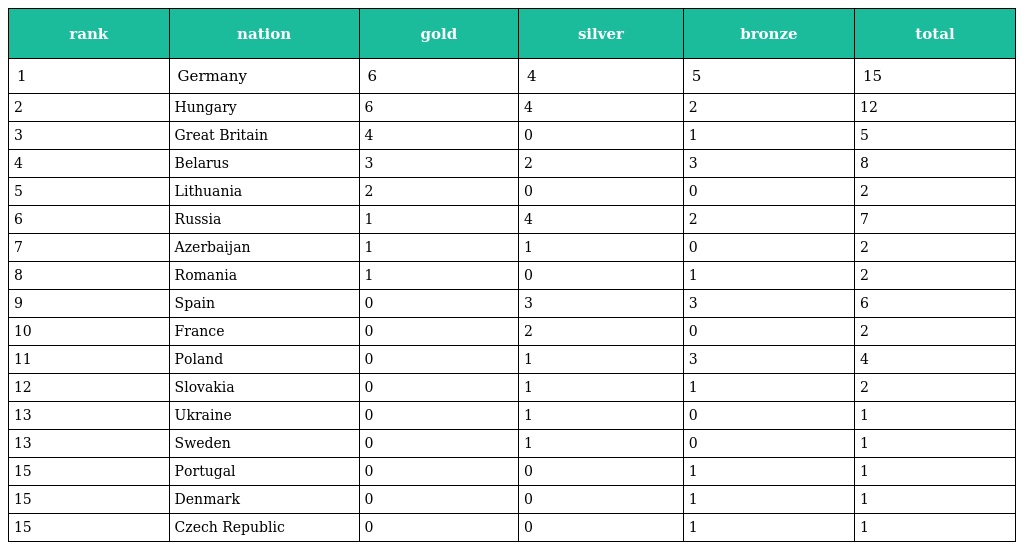
| rank | nation | gold | silver | bronze | total |
 | --- | --- | --- | --- | --- | --- |
 | 1 | Germany | 6 | 4 | 5 | 15 |
 | 2 | Hungary | 6 | 4 | 2 | 12 |
 | 3 | Great Britain | 4 | 0 | 1 | 5 |
 | 4 | Belarus | 3 | 2 | 3 | 8 |
 | 5 | Lithuania | 2 | 0 | 0 | 2 |
 | 6 | Russia | 1 | 4 | 2 | 7 |
 | 7 | Azerbaijan | 1 | 1 | 0 | 2 |
 | 8 | Romania | 1 | 0 | 1 | 2 |
 | 9 | Spain | 0 | 3 | 3 | 6 |
 | 10 | France | 0 | 2 | 0 | 2 |
 | 11 | Poland | 0 | 1 | 3 | 4 |
 | 12 | Slovakia | 0 | 1 | 1 | 2 |
 | 13 | Ukraine | 0 | 1 | 0 | 1 |
 | 13 | Sweden | 0 | 1 | 0 | 1 |
 | 15 | Portugal | 0 | 0 | 1 | 1 |
 | 15 | Denmark | 0 | 0 | 1 | 1 |
 | 15 | Czech Republic | 0 | 0 | 1 | 1 |